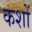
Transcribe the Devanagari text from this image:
कशों